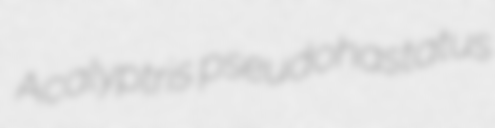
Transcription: Acalyptris pseudohastatus